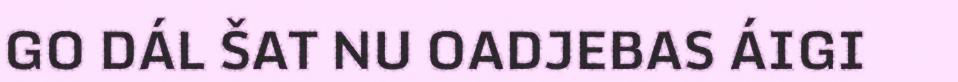
GO DÁL ŠAT NU OADJEBAS ÁIGI